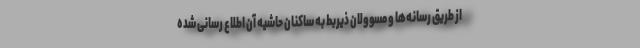
از طریق رسانه‌ها و مسوولان ذیربط به ساکنان حاشیه آن اطلاع رسانی شده